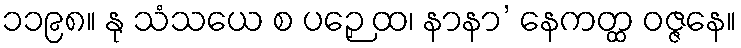
၁၁၉၈။ နု သံသယေ စ ပဉှေ ထ၊ နာနာ’ နေကတ္ထ ဝဇ္ဇနေ။